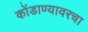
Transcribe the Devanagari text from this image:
कोंडाण्यावरचा